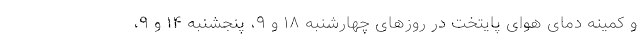
و کمینه دمای هوای پایتخت در روزهای چهارشنبه ۱۸ و ۹، پنجشنبه ۱۴ و ۹،